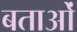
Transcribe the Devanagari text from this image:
बताओं